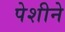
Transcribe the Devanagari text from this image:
पेशीने